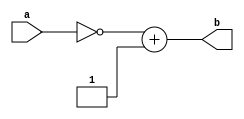
`timescale 1ns / 1ps
//////////////////////////////////////////////////////////////////////////////////
// Company: 
// Engineer: 
// 
// Design Name: 
// Module Name:    twosComp 
// Project Name: 
// Target Devices: 
// Tool versions: 
// Description: 
//
// Dependencies: 
//
// Revision: 
// Revision 0.01 - File Created
// Additional Comments: 
//
//////////////////////////////////////////////////////////////////////////////////
module qtwosComp(
	input [30:0] a,
	output [63:0] b
//    input [N-2:0] a,
//    output [2*N-1:0] b
    );
//	reg [2*N-1:0] data;
//	reg [2*N-1:0] flip;
//	reg [2*N-1:0] out;
	reg [63:0] data;
	reg [63:0] flip;
	reg [63:0] out;
	
	//Parameterized values
	parameter Q = 15;
	parameter N = 32;
	
	assign b = out;
	
	always @(a)
	begin
		data <= a;		//if you dont put the value into a 64b register, when you flip the bits it wont work right
	end
	
	always @(data)
	begin
		flip <= ~a;
	end
	
	always @(flip)
	begin
		out <= flip + 1;
	end

endmodule